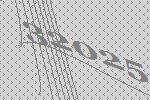
32025